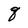
Character: q